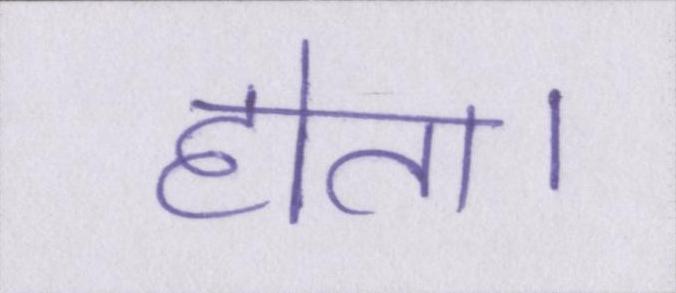
होता।